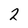
Character: 2